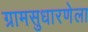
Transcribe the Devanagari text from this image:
ग्रामसुधारणेला